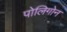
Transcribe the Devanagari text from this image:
पोलिगोन